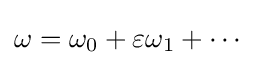
\omega =\omega _{0}+\varepsilon \omega _{1}+\cdots